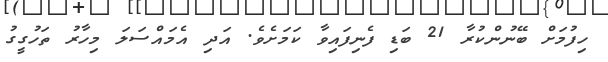
ހިފުމަށް ބޭނުންކުރާ 21 ބަޑި ފެނިފައިވާ ކަމަށެވެ. އަދި އެމައްސަލަ މިހާރު ތަހުގީގު